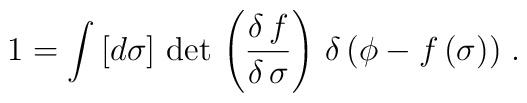
1 = \int \, [d \sigma] \, \det \, \left(\frac{\delta \, f}{\delta \,\sigma}\right) \, \delta \, (\phi - f \, (\sigma)) \; .